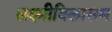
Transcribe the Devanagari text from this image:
लक्ष्मीविलासम